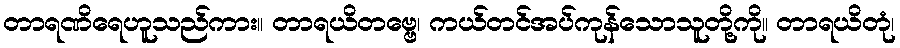
တာရဏိရေဟူသည်ကား။ တာရယိတဗ္ဗေ၊ ကယ်တင်အပ်ကုန်သောသူတို့ကို။ တာရယိတုံ၊